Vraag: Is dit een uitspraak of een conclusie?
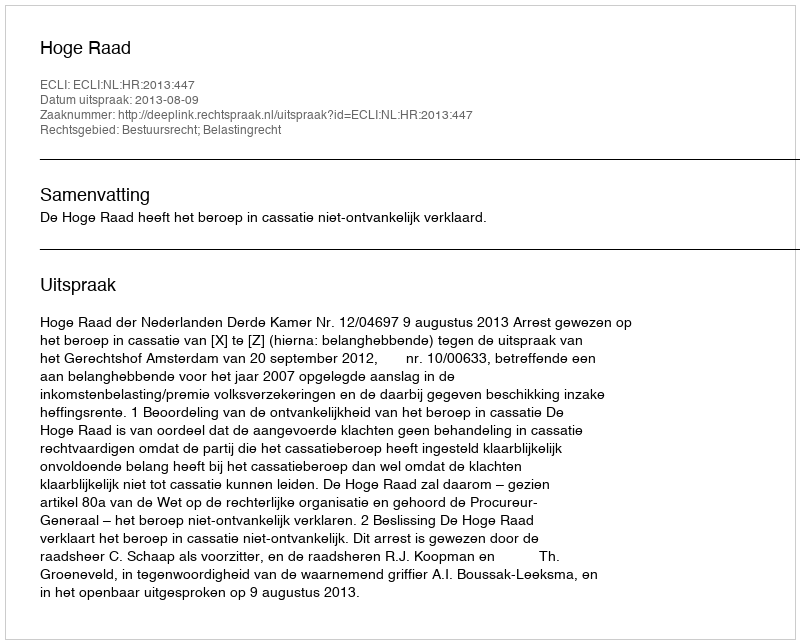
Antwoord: Uitspraak